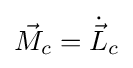
{\vec {M}}_{c}={\dot {\vec {L}}}_{c}